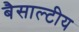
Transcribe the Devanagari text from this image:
बैसाल्टीय